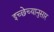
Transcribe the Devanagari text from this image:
इच्छेच्यानुसार